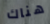
هناك